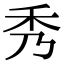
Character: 秀